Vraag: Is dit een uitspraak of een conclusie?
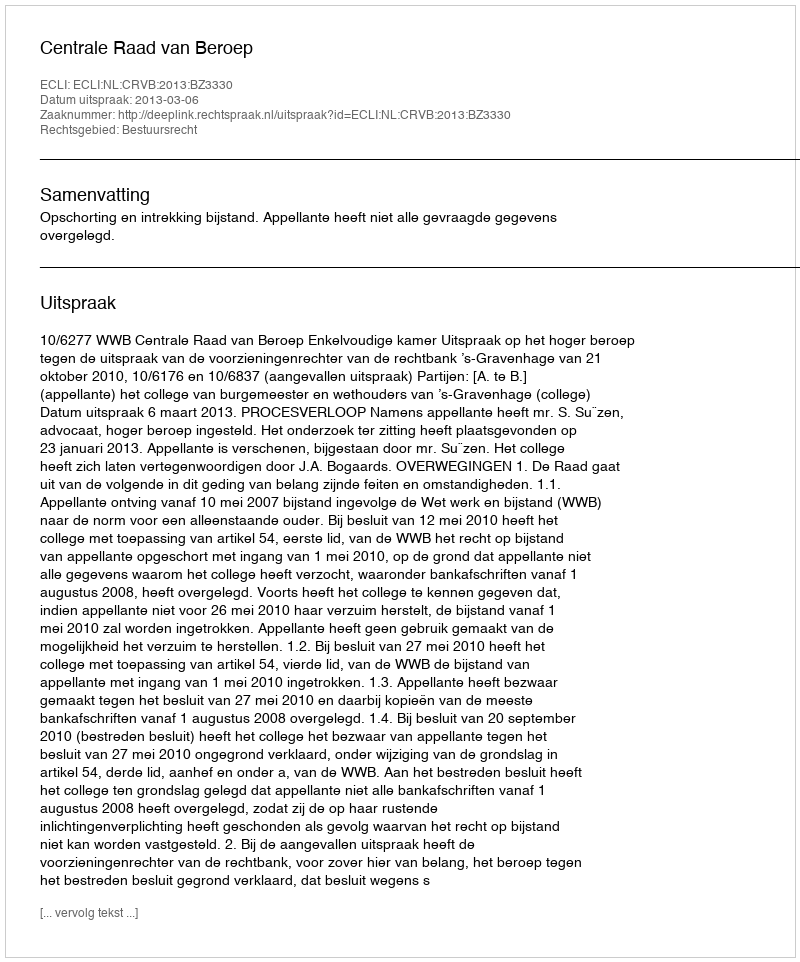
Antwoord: Uitspraak